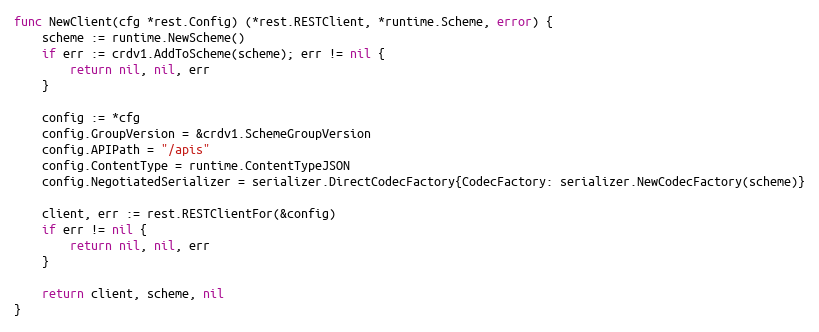
Language: Go
func NewClient(cfg *rest.Config) (*rest.RESTClient, *runtime.Scheme, error) {
	scheme := runtime.NewScheme()
	if err := crdv1.AddToScheme(scheme); err != nil {
		return nil, nil, err
	}

	config := *cfg
	config.GroupVersion = &crdv1.SchemeGroupVersion
	config.APIPath = "/apis"
	config.ContentType = runtime.ContentTypeJSON
	config.NegotiatedSerializer = serializer.DirectCodecFactory{CodecFactory: serializer.NewCodecFactory(scheme)}

	client, err := rest.RESTClientFor(&config)
	if err != nil {
		return nil, nil, err
	}

	return client, scheme, nil
}